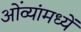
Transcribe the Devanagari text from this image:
ओंव्यांमध्यें